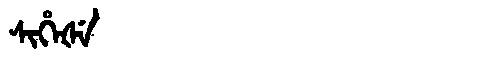
Manchu: ᠰᡳᡥᡝᡧᡝ
Romanization: SIHEŠE